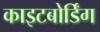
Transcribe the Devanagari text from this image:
काइटबोर्डिंग